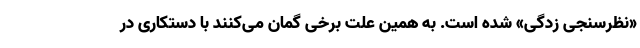
«نظرسنجی زدگی» شده است. به همین علت برخی گمان می‌کنند با دستکاری در